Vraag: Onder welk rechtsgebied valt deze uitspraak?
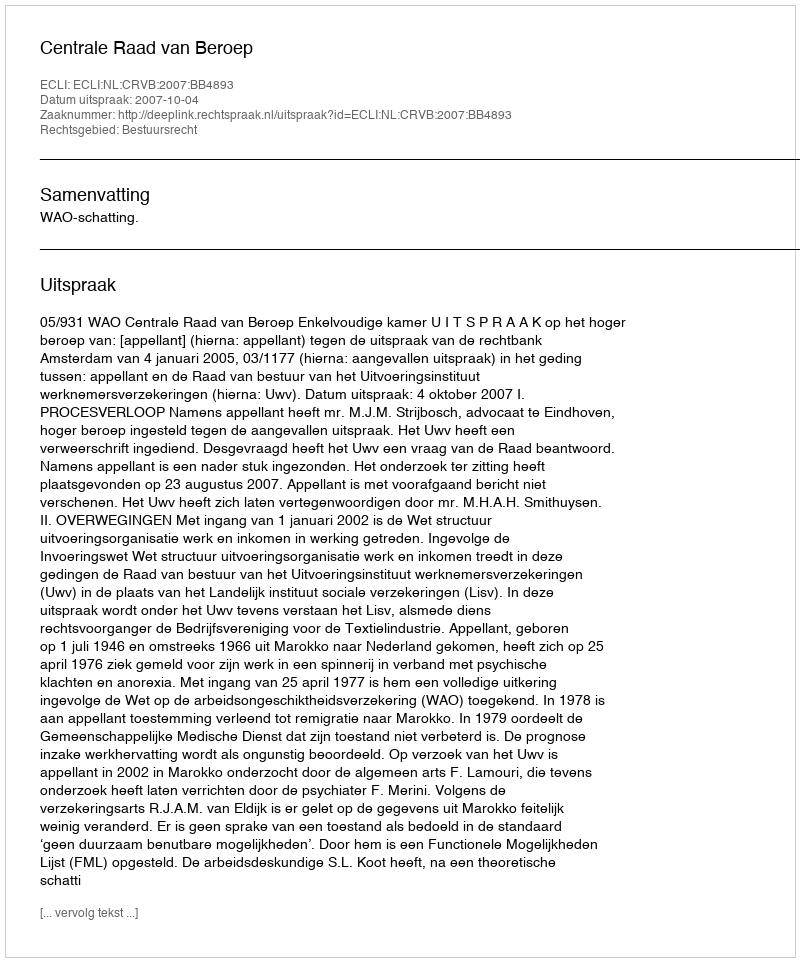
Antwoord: Bestuursrecht